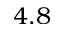
4 . 8